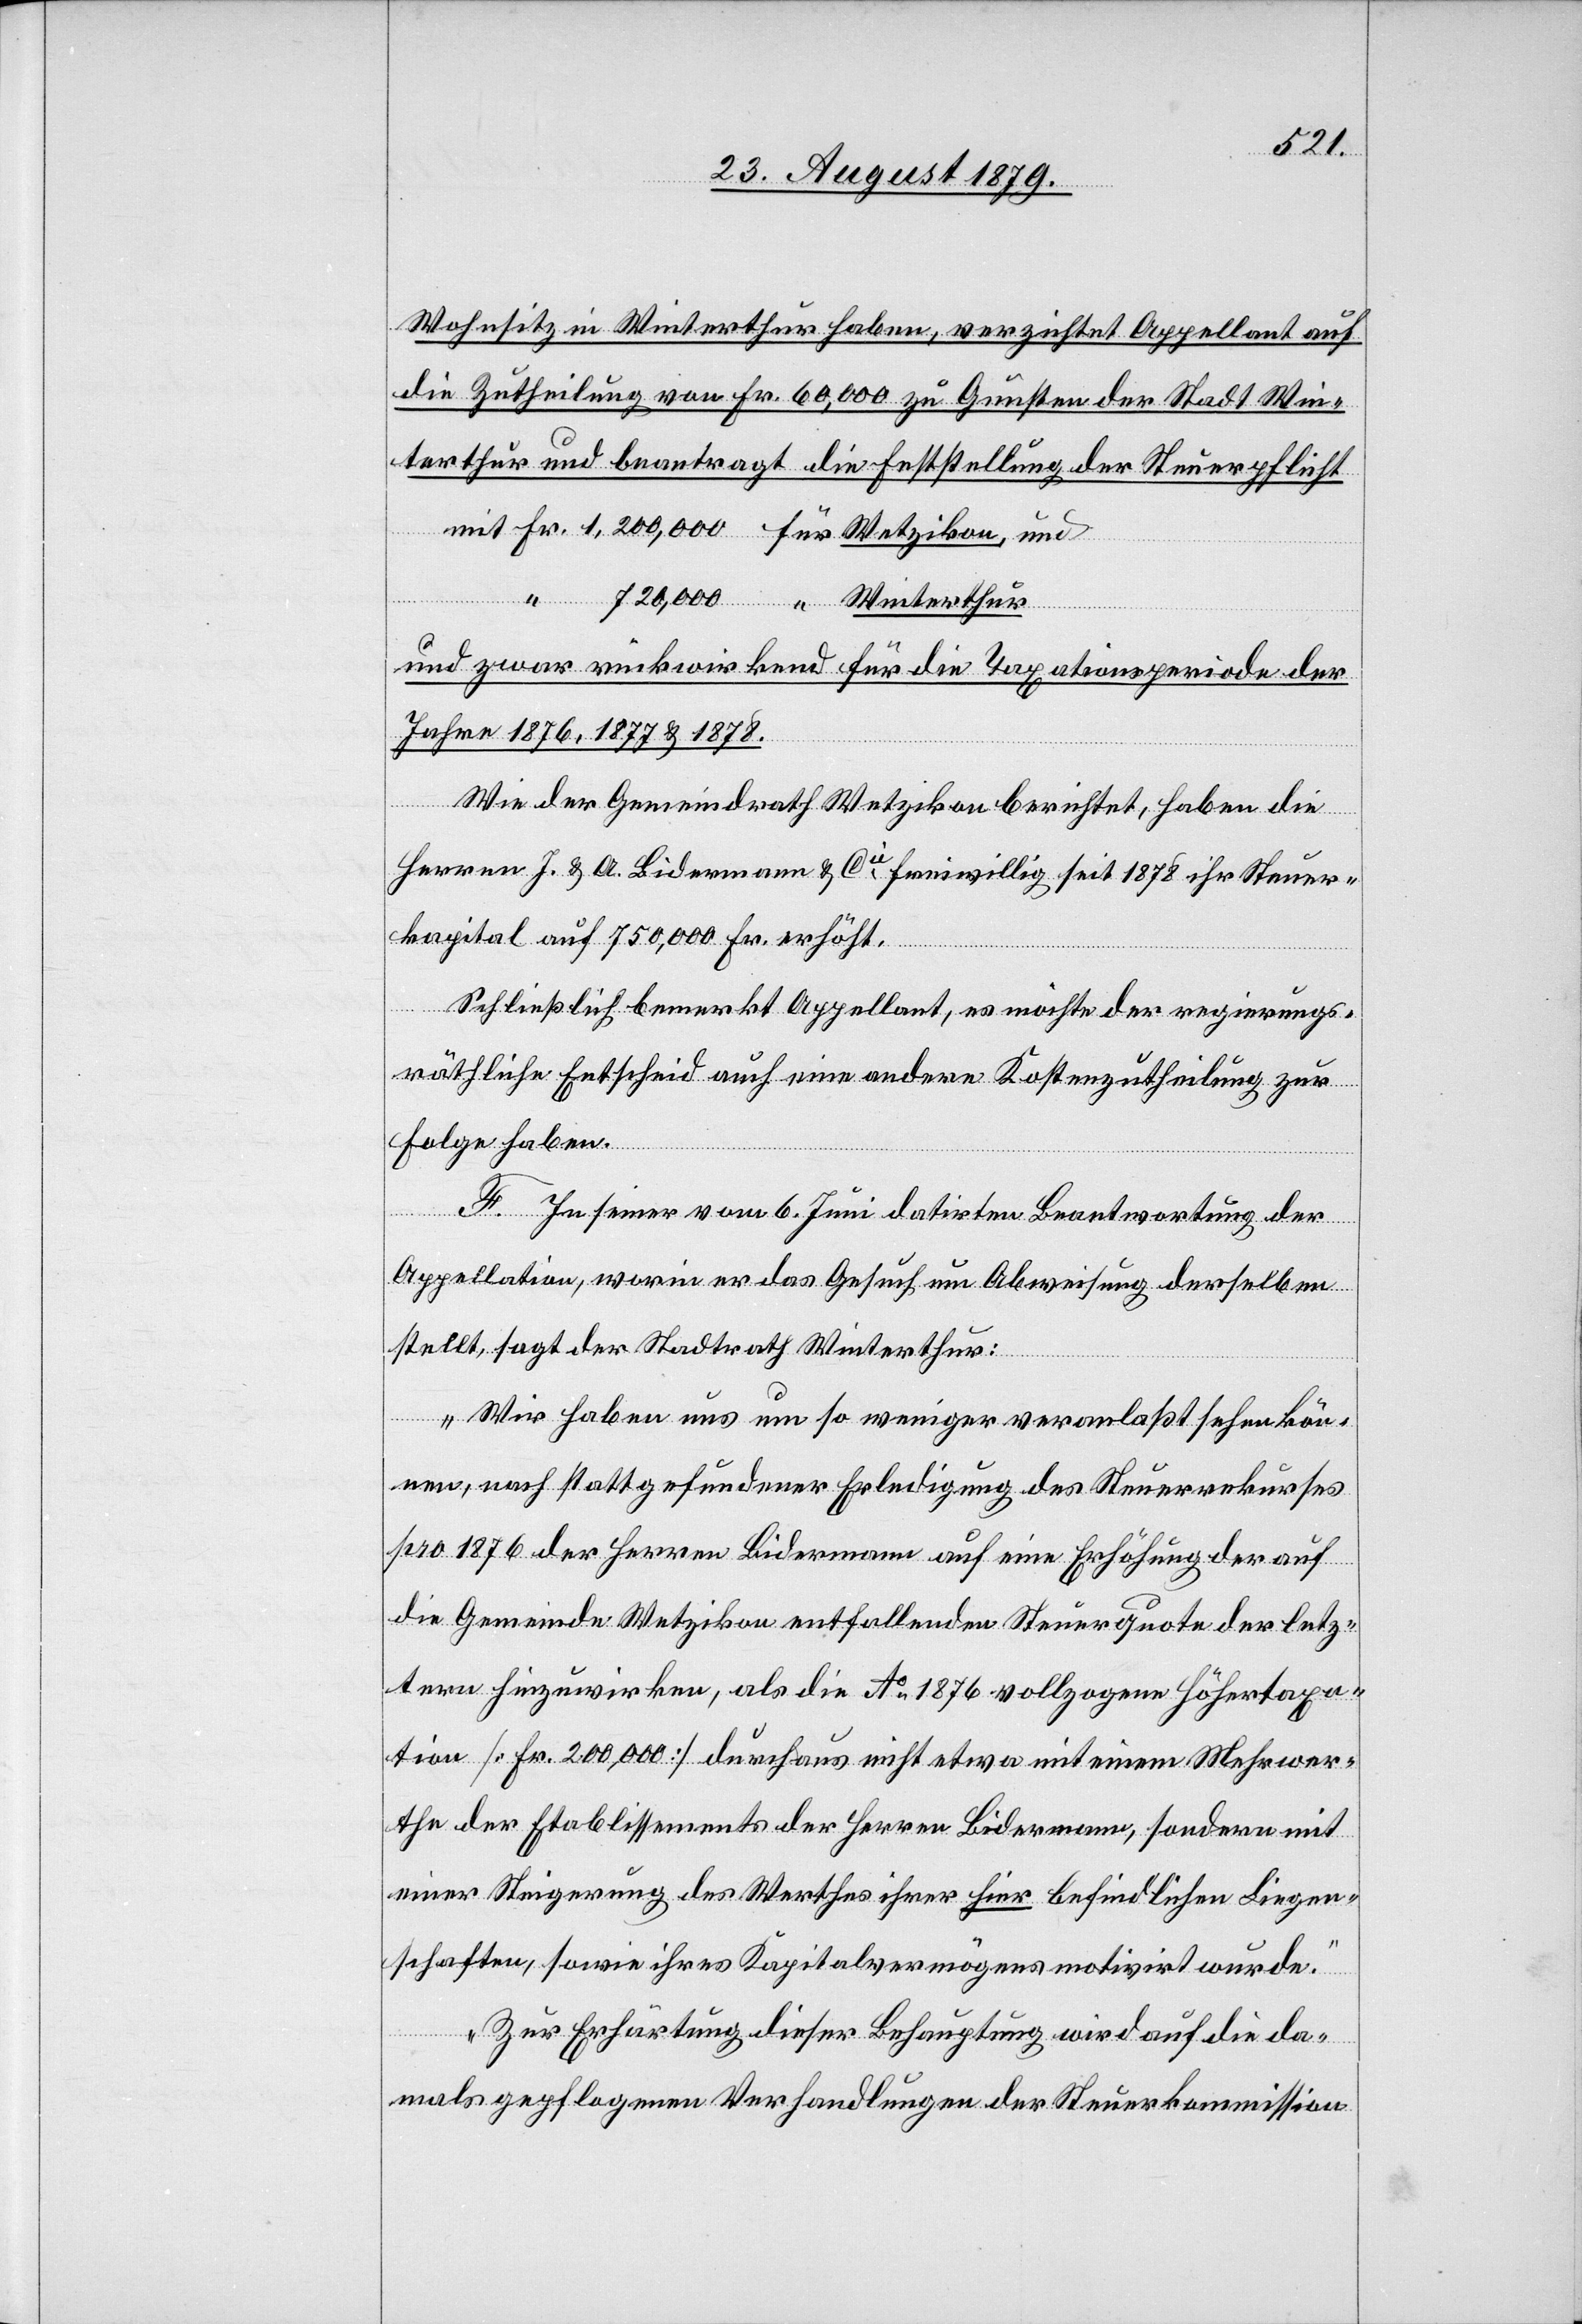
Wohnsitz in Winterthur haben, verzichtet Appellant auf
die Zutheilung von Fr. 60,000 zu Gunsten der Stadt Win¬
terthur und beantragt die Feststellung der Steuerpflicht
mit Fr. 1,200,000 für Wetzikon, und
“ 720,000 “ Winterthur
und zwar rückwirkend für die Taxationsperiode der
Jahre 1876, 1877 & 1878.
Wie der Gemeindrath Wetzikon berichtet, haben die
Herren J. & A. Bidermann & Cie freiwillig seit 1878 ihr Steuer¬
kapital auf 750,000 Fr. erhöht.
Schließlich bemerkt Appellant, es möchte der regierungs¬
räthliche Entscheid auch eine andere Kostenzutheilung zur
Folge haben.
F. In seiner vom 6. Juni datirten Beantwortung der
Appellation, worin er das Gesuch um Abweisung derselben
stellt, sagt der Stadtrath Winterthur:
„Wir haben uns um so weniger veranlaßt sehen kön¬
nen, nach stattgefundener Erledigung des Steuerrekurses
pro 1876 der Herren Bidermann auf eine Erhöhung er auf
die Gemeinde Wetzikon entfallenden Steuerquote der letz¬
tern hinzuwirken, als die Ao 1876 vollzogene Höhertaxa¬
tion [Fr. 200,000] durchaus nicht etwa mit einem Mehrwer¬
the der Etablissements der Herren Biedermann, sondern mit
einer Steigerung des Werthes ihrer hier befindlichen Liegen¬
schaften, sowie ihres Kapitalvermägens motivirt wurde.“
Zur Erhärtung dieser Behauptung wird auf die da¬
mals gepflogenen Verhandlungen der Steuerkommission